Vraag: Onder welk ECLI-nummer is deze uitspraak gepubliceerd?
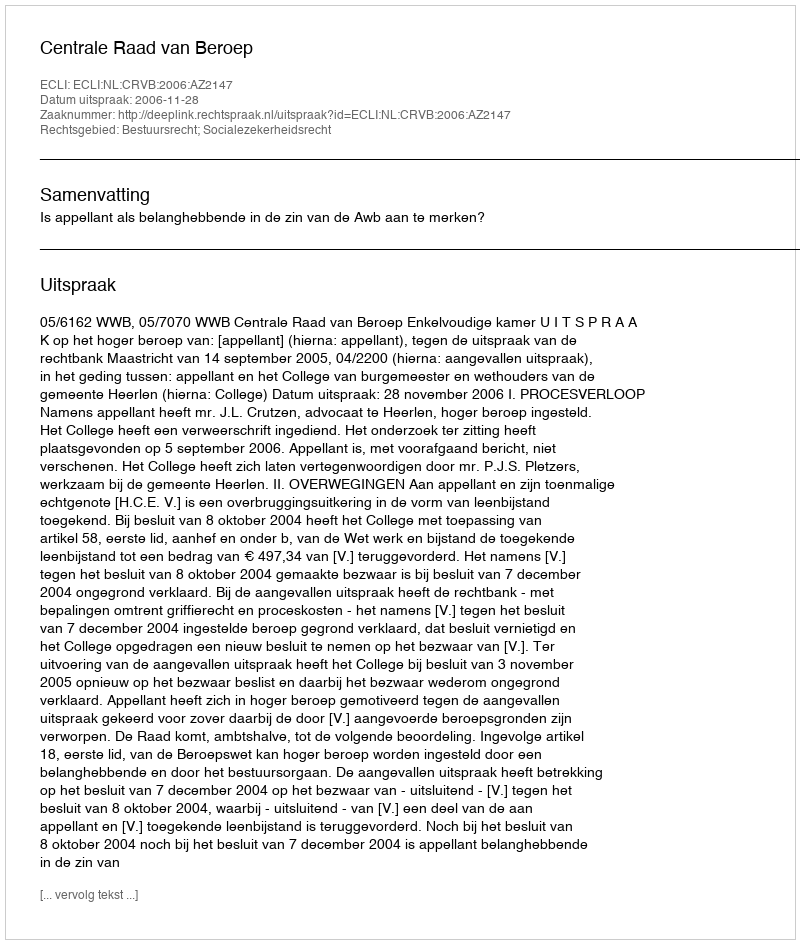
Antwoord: ECLI:NL:CRVB:2006:AZ2147